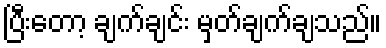
ပြီးတော့ ချက်ချင်း မှတ်ချက်ချသည်။